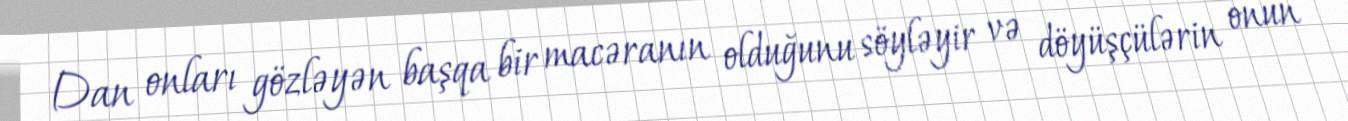
Dan onları gözləyən başqa bir macəranın olduğunu söyləyir və döyüşçülərin onun